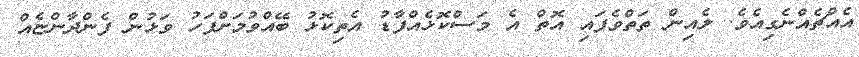
އެއްޗެއްނެގިއެވެ. ލެއިން ތަތްވެފައި އޮތް އެ މަސްކޮޅެއްފާޑު އެތިކޮޅު ބޭއްވުމަށްފަހު ވަޅުން ފެންދާންޏެއް